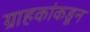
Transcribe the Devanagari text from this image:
ग्राहकांकडून